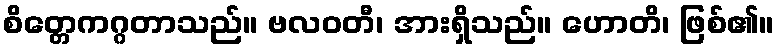
စိတ္တေကဂ္ဂတာသည်။ ဗလဝတီ၊ အားရှိသည်။ ဟောတိ၊ ဖြစ်၏။